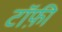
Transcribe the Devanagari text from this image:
टॉफ़ी